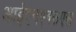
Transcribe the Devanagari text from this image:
आईएनएक्सएस